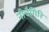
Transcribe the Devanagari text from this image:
नीचैगिरि